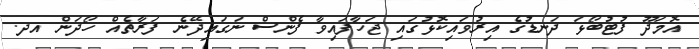
އޮމަދޫ ފުޓުބޯޅަ ދަނޑުގެ އިރުވައިކޮޅުގައި ޖަހާފައިވާ ފެންސް ނަގައިދޭނެ ފަރާތެއް ހޯދަން އދ.